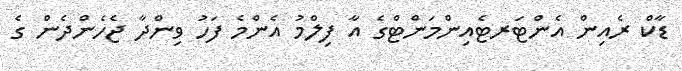
ޑާކް ރެއިން އެންޓަރޓެއިންމަންޓްގެ އާ ފިލްމު އެންމެ ފަހު ވިންދާ ޖެހެންދެން ގެ